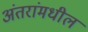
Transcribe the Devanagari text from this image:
अंतरांमधील